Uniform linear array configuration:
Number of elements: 64
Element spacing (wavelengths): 0.75
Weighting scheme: exponential
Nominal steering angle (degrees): -60
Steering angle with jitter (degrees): -60.188
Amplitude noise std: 0.05
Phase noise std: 0.05

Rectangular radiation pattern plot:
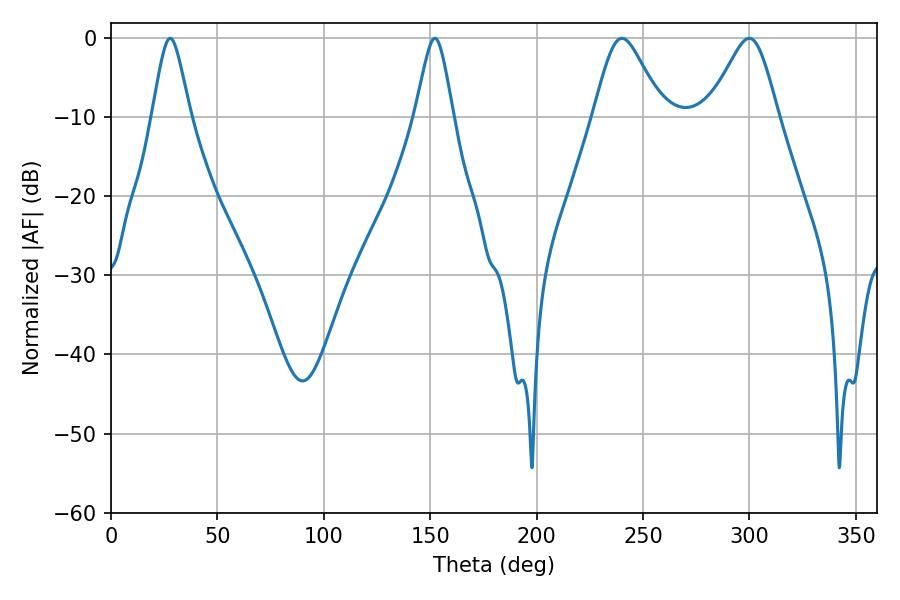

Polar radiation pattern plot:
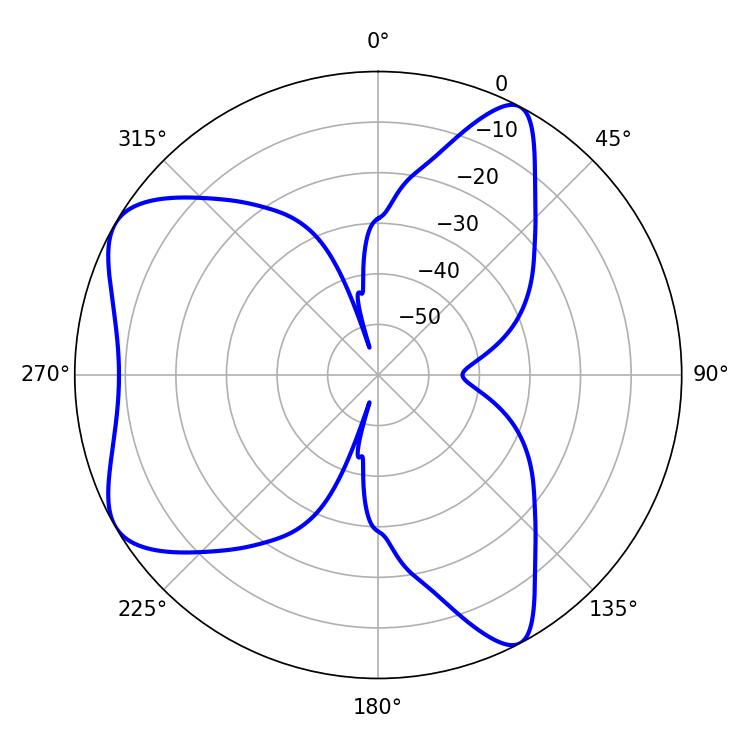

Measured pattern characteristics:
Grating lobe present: TRUE
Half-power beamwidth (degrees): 15.84
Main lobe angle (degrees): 240.12